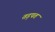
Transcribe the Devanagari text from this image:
तड़पत